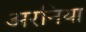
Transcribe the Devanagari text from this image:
अरनिया